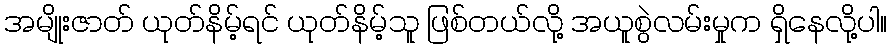
အမျိုးဇာတ် ယုတ်နိမ့်ရင် ယုတ်နိမ့်သူ ဖြစ်တယ်လို့ အယူစွဲလမ်းမှုက ရှိနေလို့ပါ။